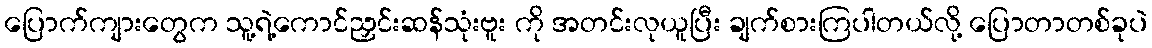
ပြောက်ကျားတွေက သူ့ရဲ့ကောင်ညှင်းဆန်သုံးဗူး ကို အတင်းလုယူပြီး ချက်စားကြပါတယ်လို့ ပြောတာတစ်ခုပဲ